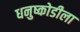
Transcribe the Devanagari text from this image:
धनुष्कोडीला